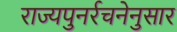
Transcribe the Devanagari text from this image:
राज्यपुनर्रचनेनुसार